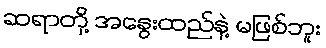
ဆရာတို့ အနွေးထည်နဲ့ မဖြစ်ဘူး